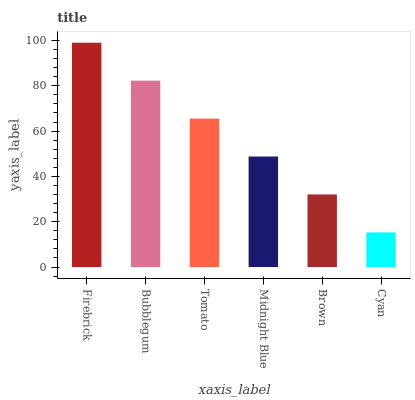
| xaxis_label | bars |
 | --- | --- |
 | Firebrick | 99 |
 | Bubblegum | 82.3 |
 | Tomato | 65.5 |
 | Midnight Blue | 48.8 |
 | Brown | 32 |
 | Cyan | 15.3 |